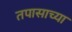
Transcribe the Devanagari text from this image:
तपासाच्या